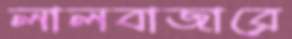
লালবাজারে